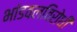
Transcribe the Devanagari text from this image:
भांडवलविरोधी